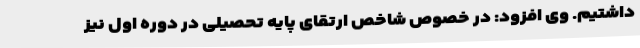
داشتیم. وی افزود: در خصوص شاخص ارتقای پایه تحصیلی در دوره اول نیز